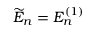
\widetilde { E } _ { n } = E _ { n } ^ { ( 1 ) }